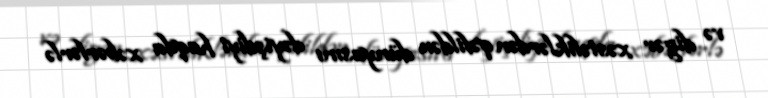
və digər xəstəliklərdən qəfildən dünyasını dəyişdiyi haqda xəbərlərlə